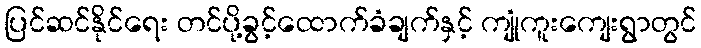
ပြင်ဆင်နိုင်ရေး တင်ပို့ခွင့်ထောက်ခံချက်နှင့် ကျုံကူးကျေးရွာတွင်